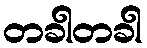
တခါတခါ